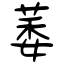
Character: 萎